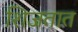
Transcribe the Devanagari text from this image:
शिजतात